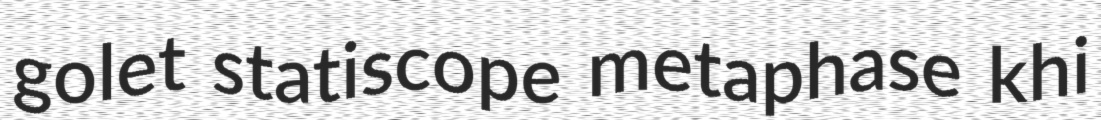
golet statiscope metaphase khi